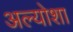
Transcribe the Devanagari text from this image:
अल्योशा